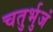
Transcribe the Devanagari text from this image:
चतुर्भुजं